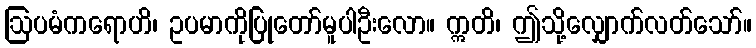
ဩပမံကရောဟိ၊ ဥပမာကိုပြုတော်မူပါဦးလော။ ဣတိ၊ ဤသို့လျှောက်လတ်သော်။